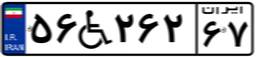
۹۹W۳۵۳۹۲